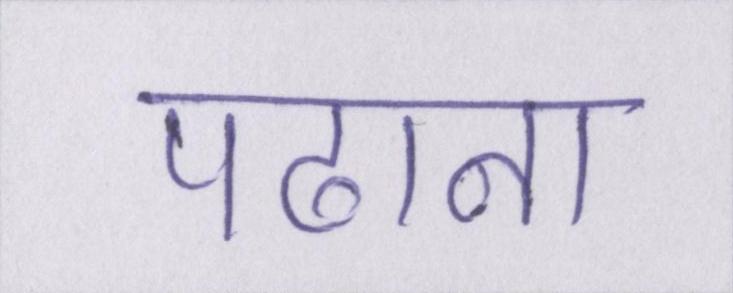
पढाना